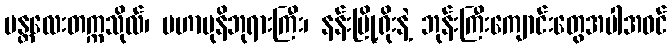
မန္တလေးတက္ကသိုလ်၊ မဟာမုနိဘုရားကြီး၊ နန်းမြို့ရိုးနဲ့ ဘုန်းကြီးကျောင်းတွေအပါအဝင်